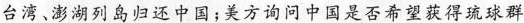
台湾、澎湖列岛归还中国；美方询问中国是否希望获得琉球群